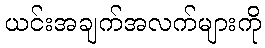
ယင်းအချက်အလက်များကို